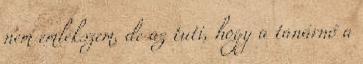
nem emlékszem, de az tuti, hogy a tanárnő a